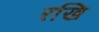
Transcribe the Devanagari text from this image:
रखि